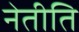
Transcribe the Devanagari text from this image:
नेतीति